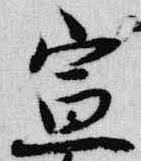
宣